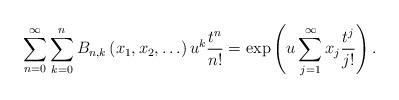
LaTeX: \begin{align*}\sum_{n=0}^\infty \sum_{k=0}^n B_{n,k} \left( x_1, x_2, \ldots \right) u^k \frac{t^n}{n!} &= \exp \left( u \sum_{j=1}^\infty x_j \frac{t^j}{j!}\right) . \end{align*}